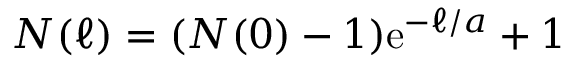
N ( \ell ) = ( N ( 0 ) - 1 ) \mathrm { e } ^ { - \ell / a } + 1